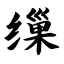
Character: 缫